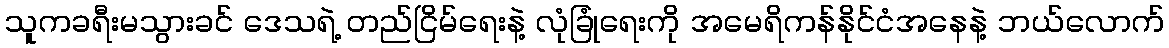
သူကခရီးမသွားခင် ဒေသရဲ့ တည်ငြိမ်ရေးနဲ့ လုံခြုံရေးကို အမေရိကန်နိုင်ငံအနေနဲ့ ဘယ်လောက်